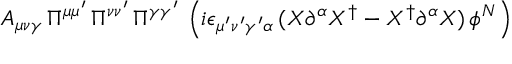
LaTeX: A _ { \mu \nu \gamma } \, \Pi ^ { \mu \mu ^ { \prime } } \, \Pi ^ { \nu \nu ^ { \prime } } \, \Pi ^ { \gamma \gamma ^ { \prime } } \, \left( i \epsilon _ { \mu ^ { \prime } \nu ^ { \prime } \gamma ^ { \prime } \alpha } \, ( X \partial ^ { \alpha } X ^ { \dagger } - X ^ { \dagger } \partial ^ { \alpha } X ) \, \phi ^ { N } \right)